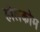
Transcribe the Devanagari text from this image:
होलकोम